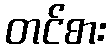
တင်စား